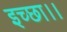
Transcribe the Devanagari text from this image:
इच्‍छा।।